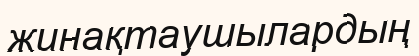
жинақтаушылардың